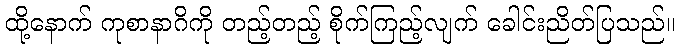
ထို့နောက် ကုစာနာဂိကို တည့်တည့် စိုက်ကြည့်လျက် ခေါင်းညိတ်ပြသည်။